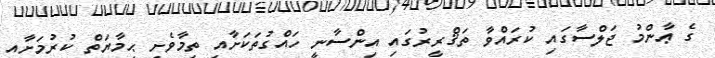
ގެ ޢާންމު ޖަލްސާގައި ކުރައްވާ ތަޤްރީރުގައި އިންސާނީ ހައްގުތަކަށާއި ތިމާވެށި ޙިމާޔަތް ކުރުމަށާއި